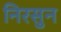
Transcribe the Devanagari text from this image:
निरसुन